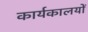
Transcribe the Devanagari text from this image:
कार्यकालयों